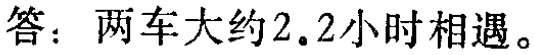
答：两车大约$2.2$小时相遇。